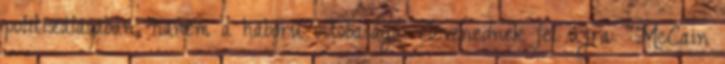
politizálásában, hanem a háború ostobaságai elevenednek fel újra: “McCain